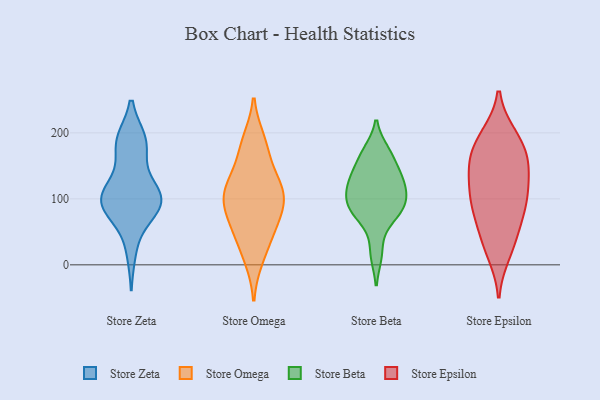
{"axis": {"x": "Active Users", "y": "Value"}, "legend": ["Store Beta", "Store Epsilon", "Store Omega", "Store Zeta"], "data": [{"x": "", "y": 98, "type": "Store Zeta"}, {"x": "", "y": 86, "type": "Store Zeta"}, {"x": "", "y": 101, "type": "Store Zeta"}, {"x": "", "y": 79, "type": "Store Zeta"}, {"x": "", "y": 182, "type": "Store Zeta"}, {"x": "", "y": 105, "type": "Store Zeta"}, {"x": "", "y": 106, "type": "Store Zeta"}, {"x": "", "y": 187, "type": "Store Zeta"}, {"x": "", "y": 187, "type": "Store Zeta"}, {"x": "", "y": 23, "type": "Store Zeta"}, {"x": "", "y": 182, "type": "Store Zeta"}, {"x": "", "y": 124, "type": "Store Zeta"}, {"x": "", "y": 97, "type": "Store Zeta"}, {"x": "", "y": 89, "type": "Store Zeta"}, {"x": "", "y": 99, "type": "Store Omega"}, {"x": "", "y": 112, "type": "Store Omega"}, {"x": "", "y": 58, "type": "Store Omega"}, {"x": "", "y": 75, "type": "Store Omega"}, {"x": "", "y": 175, "type": "Store Omega"}, {"x": "", "y": 11, "type": "Store Omega"}, {"x": "", "y": 114, "type": "Store Omega"}, {"x": "", "y": 187, "type": "Store Omega"}, {"x": "", "y": 43, "type": "Store Omega"}, {"x": "", "y": 134, "type": "Store Omega"}, {"x": "", "y": 99, "type": "Store Omega"}, {"x": "", "y": 121, "type": "Store Beta"}, {"x": "", "y": 127, "type": "Store Beta"}, {"x": "", "y": 125, "type": "Store Beta"}, {"x": "", "y": 92, "type": "Store Beta"}, {"x": "", "y": 143, "type": "Store Beta"}, {"x": "", "y": 83, "type": "Store Beta"}, {"x": "", "y": 16, "type": "Store Beta"}, {"x": "", "y": 166, "type": "Store Beta"}, {"x": "", "y": 172, "type": "Store Beta"}, {"x": "", "y": 65, "type": "Store Beta"}, {"x": "", "y": 99, "type": "Store Beta"}, {"x": "", "y": 89, "type": "Store Beta"}, {"x": "", "y": 78, "type": "Store Epsilon"}, {"x": "", "y": 33, "type": "Store Epsilon"}, {"x": "", "y": 160, "type": "Store Epsilon"}, {"x": "", "y": 164, "type": "Store Epsilon"}, {"x": "", "y": 194, "type": "Store Epsilon"}, {"x": "", "y": 88, "type": "Store Epsilon"}, {"x": "", "y": 85, "type": "Store Epsilon"}, {"x": "", "y": 19, "type": "Store Epsilon"}, {"x": "", "y": 129, "type": "Store Epsilon"}, {"x": "", "y": 139, "type": "Store Epsilon"}, {"x": "", "y": 42, "type": "Store Epsilon"}, {"x": "", "y": 193, "type": "Store Epsilon"}, {"x": "", "y": 102, "type": "Store Epsilon"}, {"x": "", "y": 181, "type": "Store Epsilon"}, {"x": "", "y": 107, "type": "Store Epsilon"}, {"x": "", "y": 149, "type": "Store Epsilon"}]}